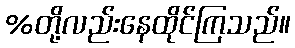
%တို့လည်းနေထိုင်ကြသည်။